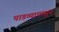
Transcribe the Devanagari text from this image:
पाडव्यापासुन